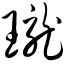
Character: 珑